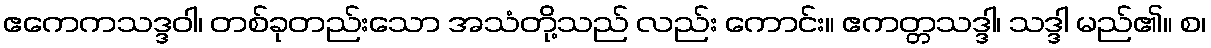
ဧကေကသဒ္ဒဝါ၊ တစ်ခုတည်းသော အသံတို့သည် လည်း ကောင်း။ ဧကတ္တသဒ္ဒါ၊ သဒ္ဒါ မည်၏။ စ၊